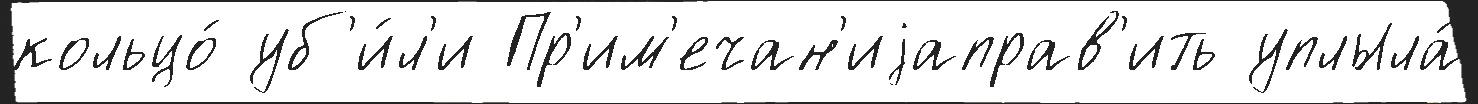
кольцо́ уб'и́л'и Пр'им'ечан'иjаправ'ить уплыла́